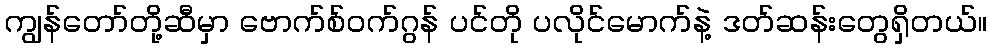
ကျွန်တော်တို့ဆီမှာ ဗောက်စ်ဝက်ဂွန် ပင်တို ပလိုင်မောက်နဲ့ ဒတ်ဆန်းတွေရှိတယ်။